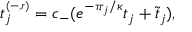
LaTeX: t _ { j } ^ { \scriptscriptstyle ( - , r ) } = c _ { - } ( e ^ { - \pi \o _ { j } / \kappa } t _ { j } + \widetilde { t } _ { j } ) ,